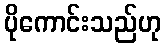
ပိုကောင်းသည်ဟု